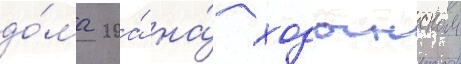
до́ма 20а́ на́ ходынском